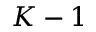
K - 1